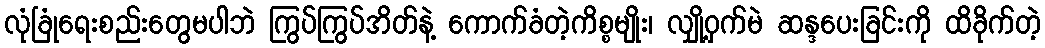
လုံခြုံရေးစည်းတွေမပါဘဲ ကြွပ်ကြွပ်အိတ်နဲ့ ကောက်ခံတဲ့ကိစ္စမျိုး၊ လျှို့ဝှက်မဲ ဆန္ဒပေးခြင်းကို ထိခိုက်တဲ့